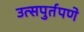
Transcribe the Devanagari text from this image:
उत्सपुर्तपणे